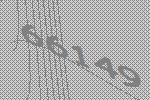
66149